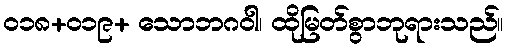
ဝ၁၈+၀၁၉+ သောဘဂဝါ၊ ထိုမြတ်စွာဘုရားသည်။